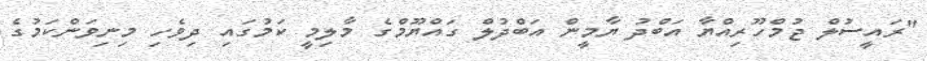
"ރައީސުލް ޖުމްހޫރިއްޔާ އަބްދު ޔާމީން އަބްދުލް ގައްޔޫމްގެ މާލިމީ ކަމުގައި ދިވެހި މިނިވަންކަމުގެ